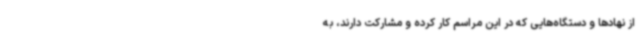
از نهادها و دستگاه‌هایی که در این مراسم کار کرده و مشارکت دارند، به